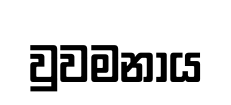
වුවමනාය